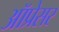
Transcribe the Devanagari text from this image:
ऑप्रेसर